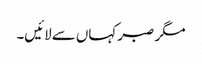
مگر صبر کہاں سےلائیں۔